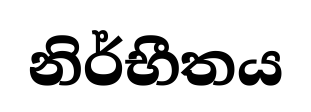
නිර්භීතය